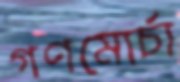
গণমোর্চা